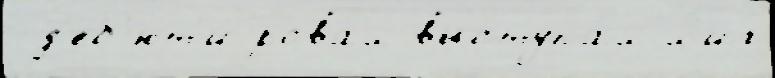
 д'еб'ют'и́ровал выступа́л л'иг